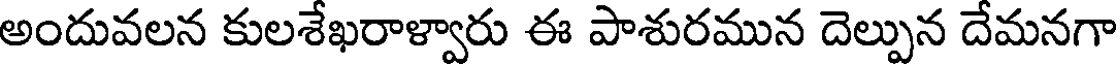
అందువలన కులశేఖరాళ్వారు ఈ పాశురమున దెల్పున దేమనగా